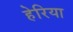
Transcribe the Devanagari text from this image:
हेरिया